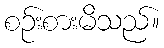
စဉ်းစားမိသည်။